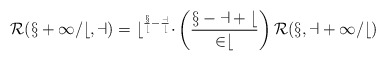
\begin{align*}\cal R(x+1/b,a)=b^{\frac xb-\frac ab}\Delta\left(\frac{x-a+b}{2b}\right)\cal R(x,a+1/b)\end{align*}